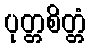
ပုတ္တစိတ္တံ